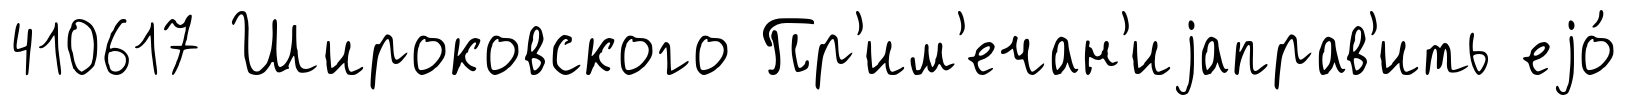
410617 Широковского Пр'им'ечан'иjаправ'ить еjо́